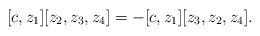
LaTeX: \begin{align*} [c, z_1] [z_2, z_3, z_4] = - [c, z_1] [z_3, z_2, z_4] .\end{align*}